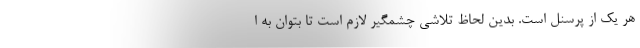
هر یک از پرسنل است. بدین لحاظ تلاشی چشمگیر لازم است تا بتوان به ا